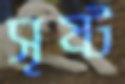
সৃষ্ট